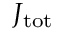
J _ { \mathrm { t o t } }